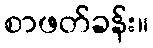
စာဖတ်ခန်း။